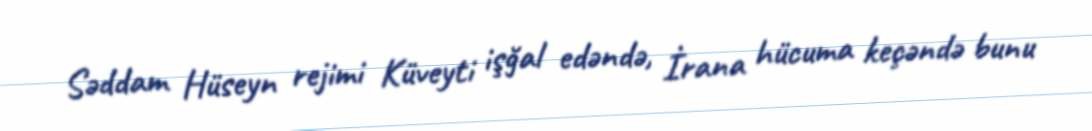
Səddam Hüseyn rejimi Küveyti işğal edəndə, İrana hücuma keçəndə bunu